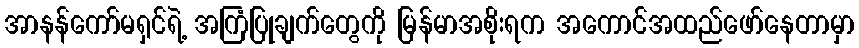
အာနန်ကော်မရှင်ရဲ့ အကြံပြုချက်တွေကို မြန်မာအစိုးရက အကောင်အထည်ဖော်နေတာမှာ